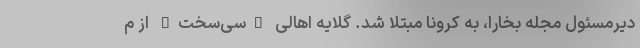
دیرمسئول مجله بخارا، به کرونا مبتلا شد. گلایه اهالی "سی‌سخت" از م